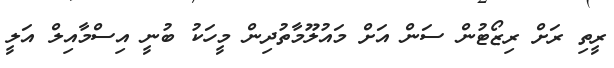
ރީތި ރަށް ރިޒޯޓުން ސަން އަށް މައުލޫމާތުދިން މީހަކު ބުނީ އިސްމާއިލް އަލީ